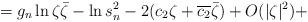
LaTeX: \begin{align*}=g_n\ln\zeta\bar\zeta -\ln s_n^2 - 2(c_2\zeta+\overline{c_2}\bar\zeta) +O(|\zeta|^2) +\end{align*}